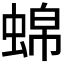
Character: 𬠒